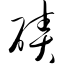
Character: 碛